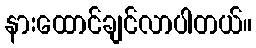
နားထောင်ချင်လာပါတယ်။